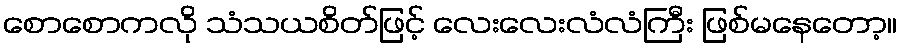
စောစောကလို သံသယစိတ်ဖြင့် လေးလေးလံလံကြီး ဖြစ်မနေတော့။